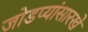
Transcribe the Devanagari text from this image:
जोडप्यांसारखे